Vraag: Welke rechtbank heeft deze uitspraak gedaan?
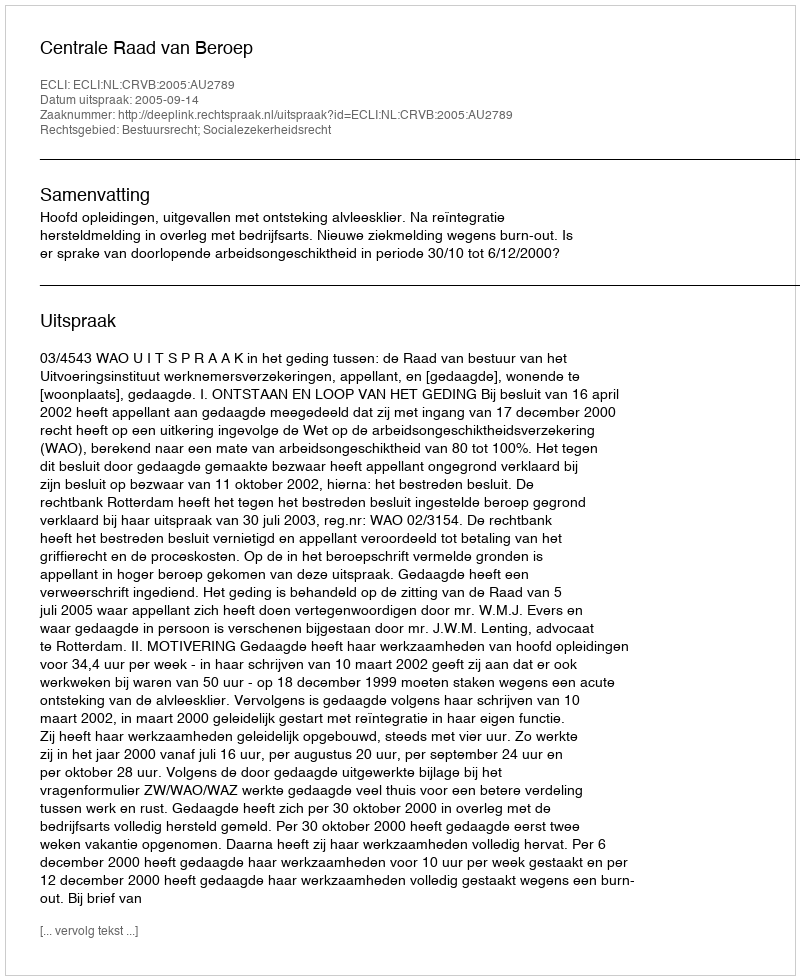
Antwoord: Centrale Raad van Beroep